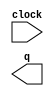
// megafunction wizard: %LPM_COUNTER%VBB%
// GENERATION: STANDARD
// VERSION: WM1.0
// MODULE: LPM_COUNTER 

// ============================================================
// Megafunction Name(s):
// 			LPM_COUNTER
//
// Simulation Library Files(s):
// 			lpm
// ============================================================
// ************************************************************
// THIS IS A WIZARD-GENERATED FILE. DO NOT EDIT THIS FILE!
//
// 19.1.0 Build 670 09/22/2019 SJ Lite Edition
// ************************************************************

//Copyright (C) 2019  Intel Corporation. All rights reserved.
//Your use of Intel Corporation's design tools, logic functions 
//and other software and tools, and any partner logic 
//functions, and any output files from any of the foregoing 
//(including device programming or simulation files), and any 
//associated documentation or information are expressly subject 
//to the terms and conditions of the Intel Program License 
//Subscription Agreement, the Intel Quartus Prime License Agreement,
//the Intel FPGA IP License Agreement, or other applicable license
//agreement, including, without limitation, that your use is for
//the sole purpose of programming logic devices manufactured by
//Intel and sold by Intel or its authorized distributors.  Please
//refer to the applicable agreement for further details, at
//https://fpgasoftware.intel.com/eula.

module test_counter (
	clock,
	q);

	input	  clock;
	output	[15:0]  q;

endmodule

// ============================================================
// CNX file retrieval info
// ============================================================
// Retrieval info: PRIVATE: ACLR NUMERIC "0"
// Retrieval info: PRIVATE: ALOAD NUMERIC "0"
// Retrieval info: PRIVATE: ASET NUMERIC "0"
// Retrieval info: PRIVATE: ASET_ALL1 NUMERIC "1"
// Retrieval info: PRIVATE: CLK_EN NUMERIC "0"
// Retrieval info: PRIVATE: CNT_EN NUMERIC "0"
// Retrieval info: PRIVATE: CarryIn NUMERIC "0"
// Retrieval info: PRIVATE: CarryOut NUMERIC "0"
// Retrieval info: PRIVATE: Direction NUMERIC "0"
// Retrieval info: PRIVATE: INTENDED_DEVICE_FAMILY STRING "Cyclone 10 LP"
// Retrieval info: PRIVATE: ModulusCounter NUMERIC "0"
// Retrieval info: PRIVATE: ModulusValue NUMERIC "0"
// Retrieval info: PRIVATE: SCLR NUMERIC "0"
// Retrieval info: PRIVATE: SLOAD NUMERIC "0"
// Retrieval info: PRIVATE: SSET NUMERIC "0"
// Retrieval info: PRIVATE: SSET_ALL1 NUMERIC "1"
// Retrieval info: PRIVATE: SYNTH_WRAPPER_GEN_POSTFIX STRING "0"
// Retrieval info: PRIVATE: nBit NUMERIC "16"
// Retrieval info: PRIVATE: new_diagram STRING "1"
// Retrieval info: LIBRARY: lpm lpm.lpm_components.all
// Retrieval info: CONSTANT: LPM_DIRECTION STRING "UP"
// Retrieval info: CONSTANT: LPM_PORT_UPDOWN STRING "PORT_UNUSED"
// Retrieval info: CONSTANT: LPM_TYPE STRING "LPM_COUNTER"
// Retrieval info: CONSTANT: LPM_WIDTH NUMERIC "16"
// Retrieval info: USED_PORT: clock 0 0 0 0 INPUT NODEFVAL "clock"
// Retrieval info: USED_PORT: q 0 0 16 0 OUTPUT NODEFVAL "q[15..0]"
// Retrieval info: CONNECT: @clock 0 0 0 0 clock 0 0 0 0
// Retrieval info: CONNECT: q 0 0 16 0 @q 0 0 16 0
// Retrieval info: GEN_FILE: TYPE_NORMAL test_counter.v TRUE
// Retrieval info: GEN_FILE: TYPE_NORMAL test_counter.inc FALSE
// Retrieval info: GEN_FILE: TYPE_NORMAL test_counter.cmp FALSE
// Retrieval info: GEN_FILE: TYPE_NORMAL test_counter.bsf TRUE
// Retrieval info: GEN_FILE: TYPE_NORMAL test_counter_inst.v FALSE
// Retrieval info: GEN_FILE: TYPE_NORMAL test_counter_bb.v TRUE
// Retrieval info: LIB_FILE: lpm